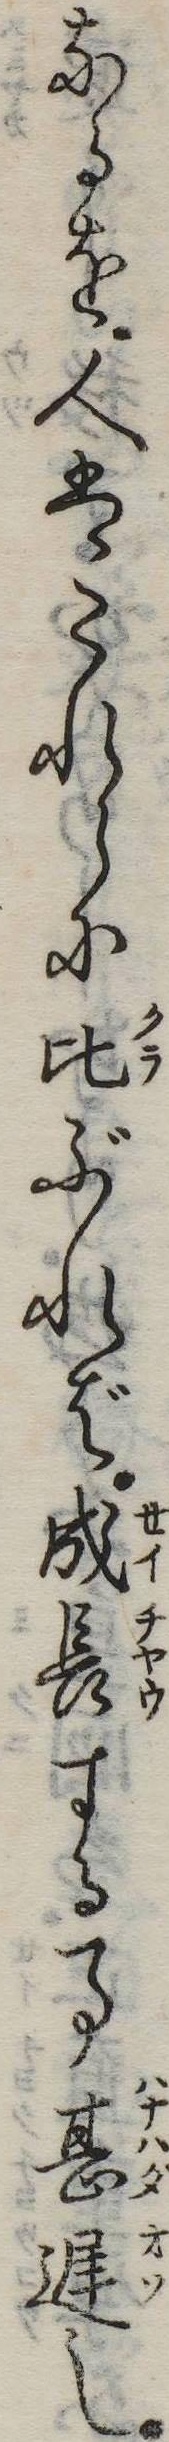
なるを人はこれらに比ぶれば成長する事甚遅し